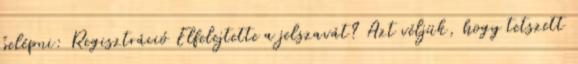
belépni: Regisztráció Elfelejtette a jelszavát? Azt véljük, hogy tetszett